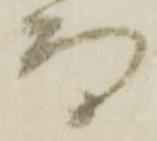
而